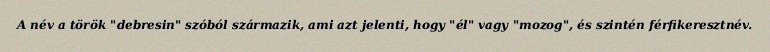
A név a török "debresin" szóból származik, ami azt jelenti, hogy "él" vagy "mozog", és szintén férfikeresztnév.